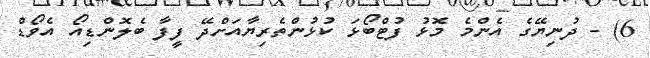
6) - ދުނިޔޭގެ އެންމެ މޮޅު ފުޓްބޯޅަ ކުޅުންތެރިޔާއަށްދޭ ފީފާ ބެލޮންޑިއޯ އެވޯޑް